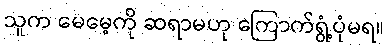
သူက မေမေ့ကို ဆရာမဟု ကြောက်ရွံ့ပုံမရ။